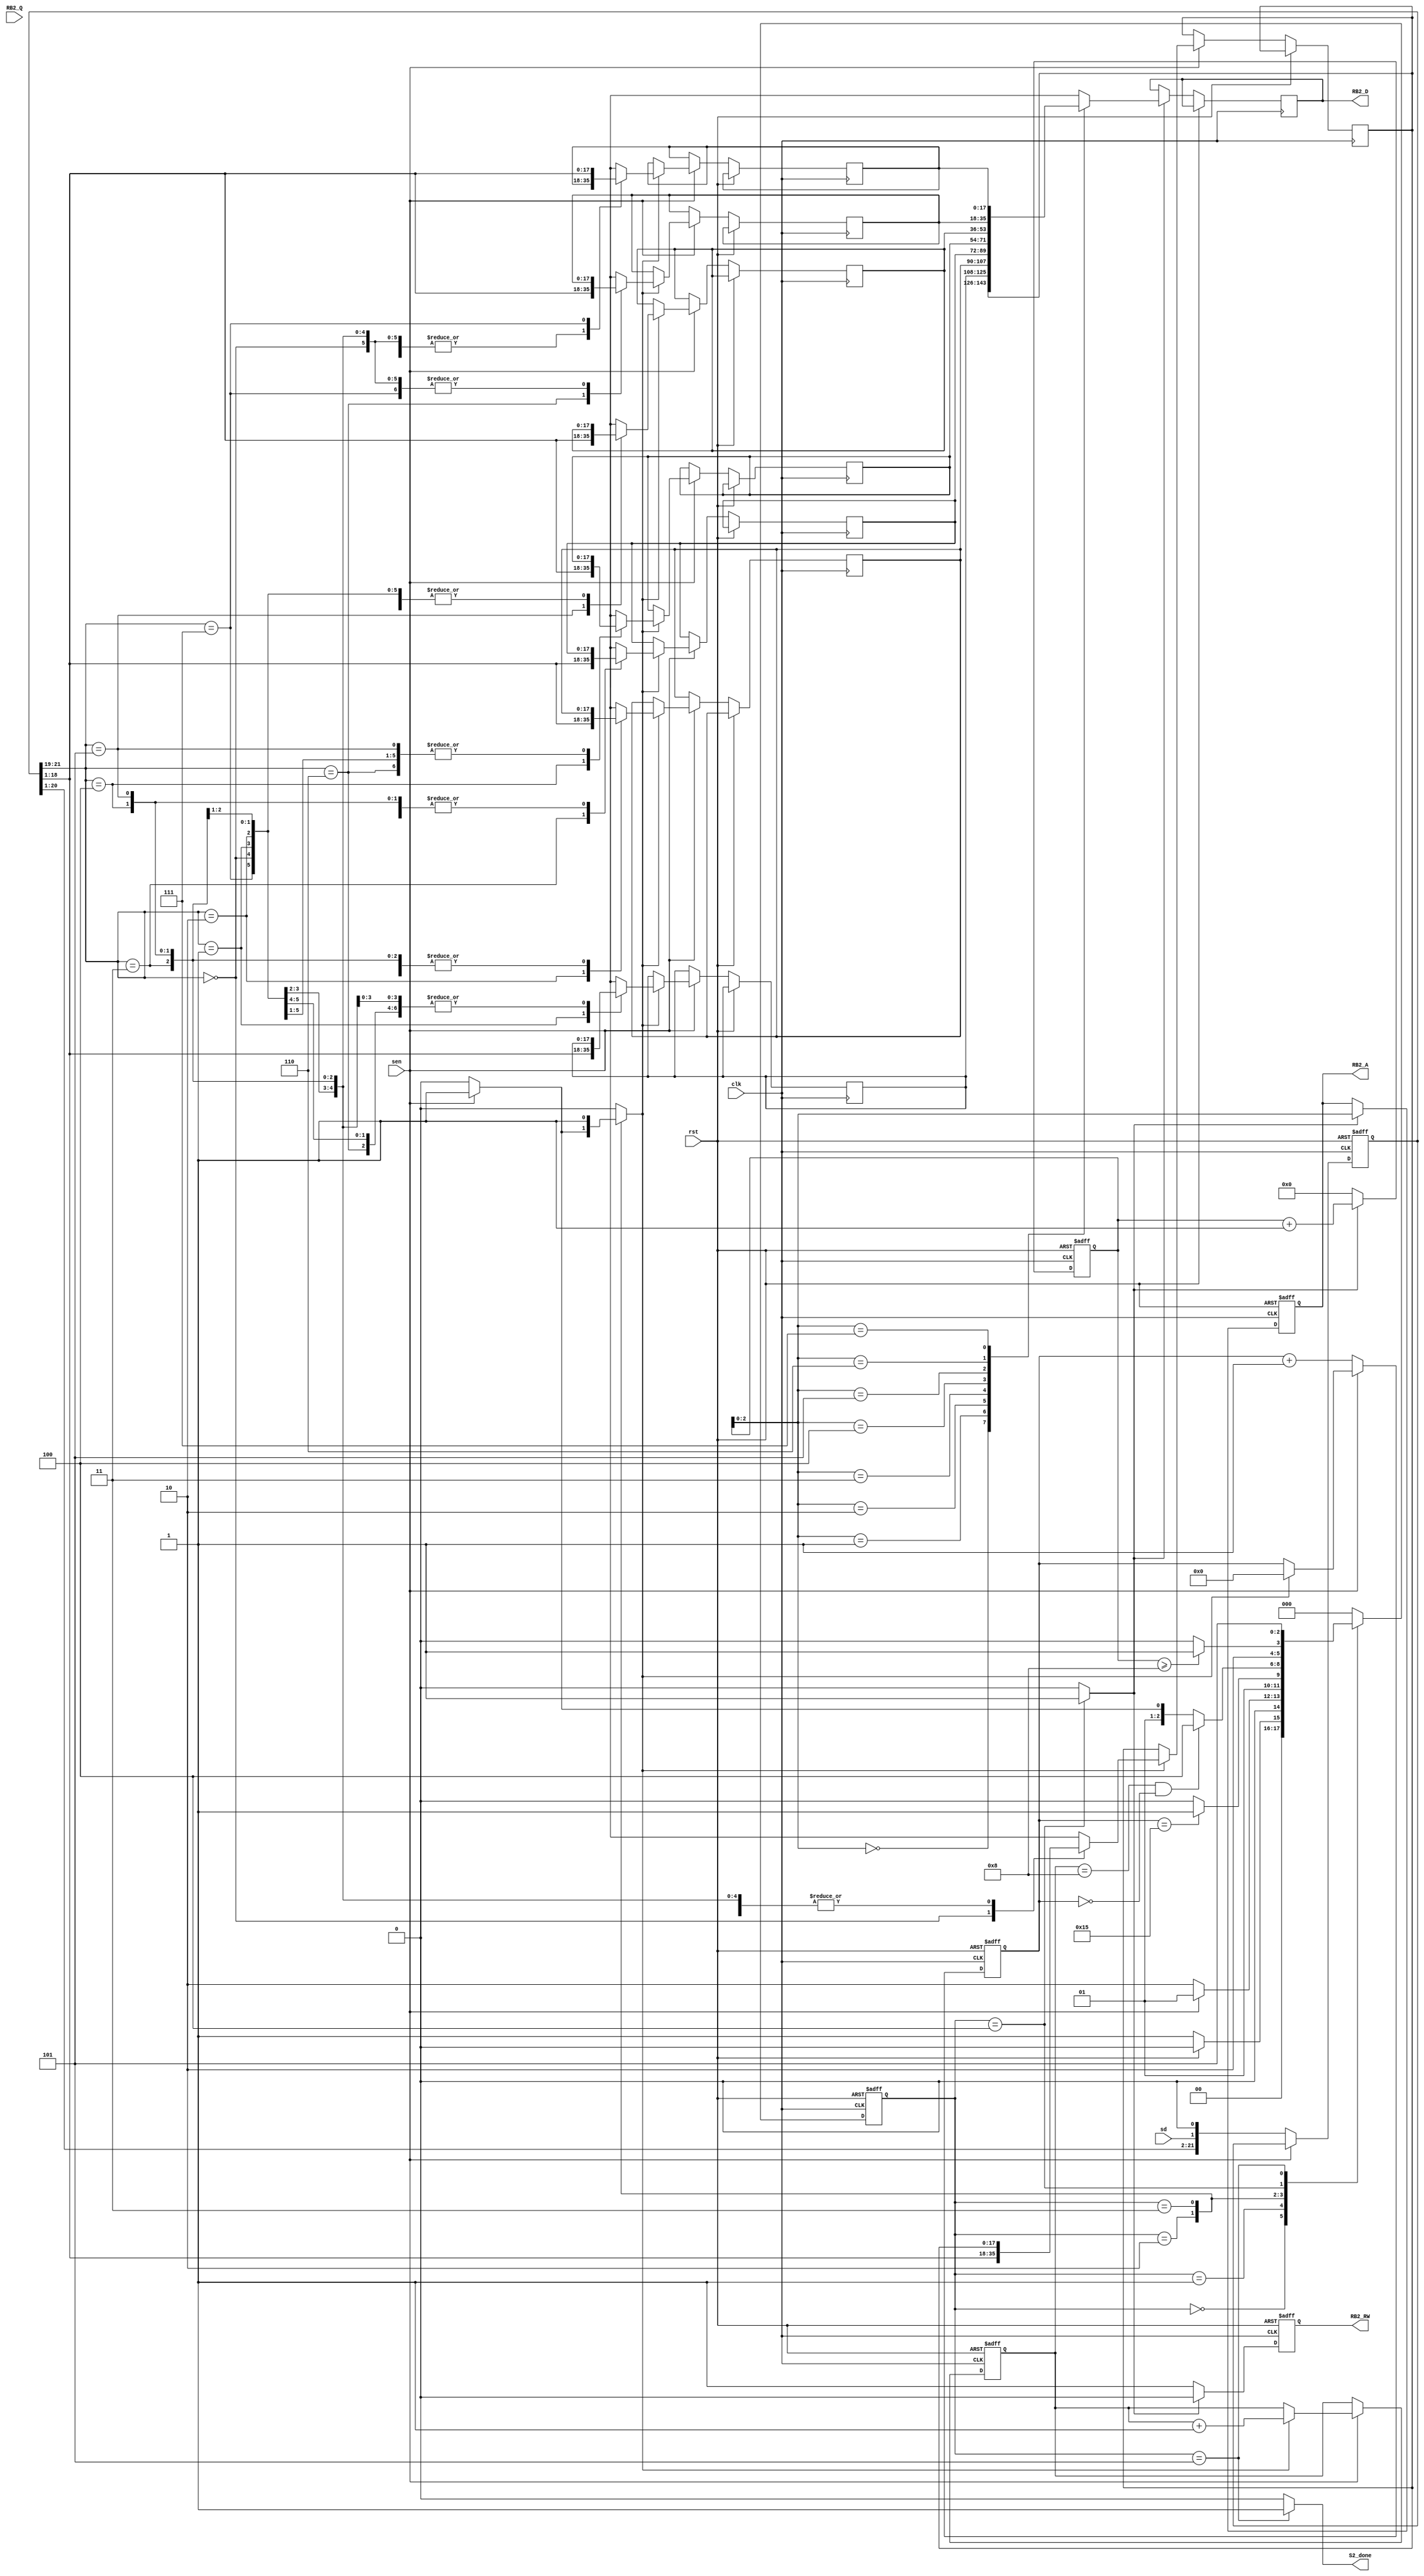
module S2(clk, rst, S2_done, RB2_RW, RB2_A, RB2_D, RB2_Q, sen, sd);

input clk, rst;
output reg S2_done, RB2_RW;
output reg [2:0] RB2_A;
output reg [17:0] RB2_D;
input [17:0] RB2_Q;
input sen, sd;

parameter WORD_WIDTH = 18;
parameter WORD_DEPTH = 8;
parameter S0_RESET = 3'd0, S1_IDLE = 3'd1, S2_RX_DATA = 3'd2, S3_RX_WAIT = 3'd3, S4_STORE_DATA_TO_RB2 = 3'd4, S5_FINISH = 3'd5;

reg [2:0] curr_state, next_state;
reg [WORD_WIDTH-1:0] Data_reg [WORD_DEPTH-1:0];
reg [21:0] data_shift_reg; 
reg [4:0] shift_cnt; 
reg [3:0] data_cnt;
reg [2:0] data_addr;
reg [3:0] addr;
reg writeRB2;

always@(posedge clk or posedge rst)begin
	if(rst) curr_state <= S0_RESET;
	else curr_state <= next_state;
end

always@(curr_state or sen or rst or data_cnt or shift_cnt or addr)begin
	case(curr_state)
		S0_RESET:
			begin
				if(~rst)next_state <= S1_IDLE;
				else next_state <= S0_RESET;
			end
		S1_IDLE:
			begin
				if(~sen) next_state <= S2_RX_DATA;
				else next_state <= S1_IDLE;
			end
		S2_RX_DATA:
			begin
				if(shift_cnt == 5'd21) next_state <= S3_RX_WAIT;
				else next_state <= S2_RX_DATA;
			end
		S3_RX_WAIT:
			begin
				if(data_cnt == 4'd8 && shift_cnt == 5'd0) next_state <= S4_STORE_DATA_TO_RB2;
				else if(~sen) next_state <= S2_RX_DATA;
				else next_state <= S3_RX_WAIT;
			end
		S4_STORE_DATA_TO_RB2:
			begin
				if(addr >= 4'd8) next_state <= S5_FINISH;
				else next_state <= S4_STORE_DATA_TO_RB2;
			end
		S5_FINISH:
			begin
				next_state <= S5_FINISH;
			end
		default: next_state <= S0_RESET;
	endcase
end

reg fill;

always@(curr_state or sen)begin
	case(curr_state)
		S0_RESET:
			begin
				writeRB2 = 1'd0;
				fill = 1'd0;
				S2_done = 1'd0;
			end
		S1_IDLE:
			begin
				fill = 1'd0;
				writeRB2 = 1'd0;
				S2_done = 1'd0;
			end
		S2_RX_DATA:
			begin
				if(sen) fill = 1'd1;
				else fill = 1'd0;
				
				writeRB2 = 1'd0;
				S2_done = 1'd0;
			end
		S3_RX_WAIT:
			begin
				fill = 1'd1;
				writeRB2 = 1'd0;
				S2_done = 1'd0;
			end
		S4_STORE_DATA_TO_RB2: 
			begin
				fill = 1'd0;
				writeRB2 = 1'd1;
				S2_done = 1'd0;
			end
		S5_FINISH:
			begin
				fill = 1'd0;
				writeRB2 = 1'd0;
				S2_done = 1'd1;
			end
		default:
			begin
				writeRB2 = 1'd0;
				fill = 1'd0;
				S2_done = 1'd0;
			end
	endcase
end

/* Rx Data */
always@(posedge clk or posedge rst)begin
	if(rst)begin
		data_cnt = 4'd0;
		shift_cnt = 5'd0;
		data_shift_reg = 22'd0;
	end else begin
		if(~sen)begin
			data_shift_reg[0] = sd;
			data_shift_reg = data_shift_reg << 1;
			shift_cnt = shift_cnt + 5'd1;
		end else begin
			if(fill)begin
				data_addr = data_shift_reg[21:19];
				Data_reg[ data_addr ] = data_shift_reg[18:1];
				data_cnt = data_cnt + 4'd1;
				shift_cnt = 5'd0;
			end else begin
				data_shift_reg = data_shift_reg;
				
			end
		end
	end
end

/* Read Data From RB1  */

always@(posedge clk or posedge rst)begin
	if(rst)begin
		RB2_RW = 1'd1;
		addr = 4'd0;
		RB2_A = 0;
	end	else if(writeRB2)begin
		RB2_RW = 1'd0;
		RB2_A = addr[2:0];
		RB2_D = Data_reg[addr[2:0]];
		addr = addr + 4'd1;
	end else begin
		addr = 4'd0;
		RB2_A = RB2_A;
		RB2_D = RB2_D;
		RB2_RW = 1'd1;
	end
end

endmodule